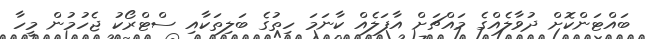
ބައްޓަންކޮށް ދުވާލެއްގެ މައްޗަށް އާފަލެއް ކާނަމަ ހިތުގެ ބަލިތަކާއި ސްޓްރޯކު ޖެހުމުން މީހާ